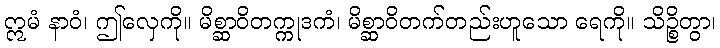
ဣမံ နာဝံ၊ ဤလှေကို။ မိစ္ဆာဝိတက္ကုဒကံ၊ မိစ္ဆာဝိတက်တည်းဟူသော ရေကို။ သိဉ္စိတွာ၊